Voisiku_vallavalitsus, lk 65
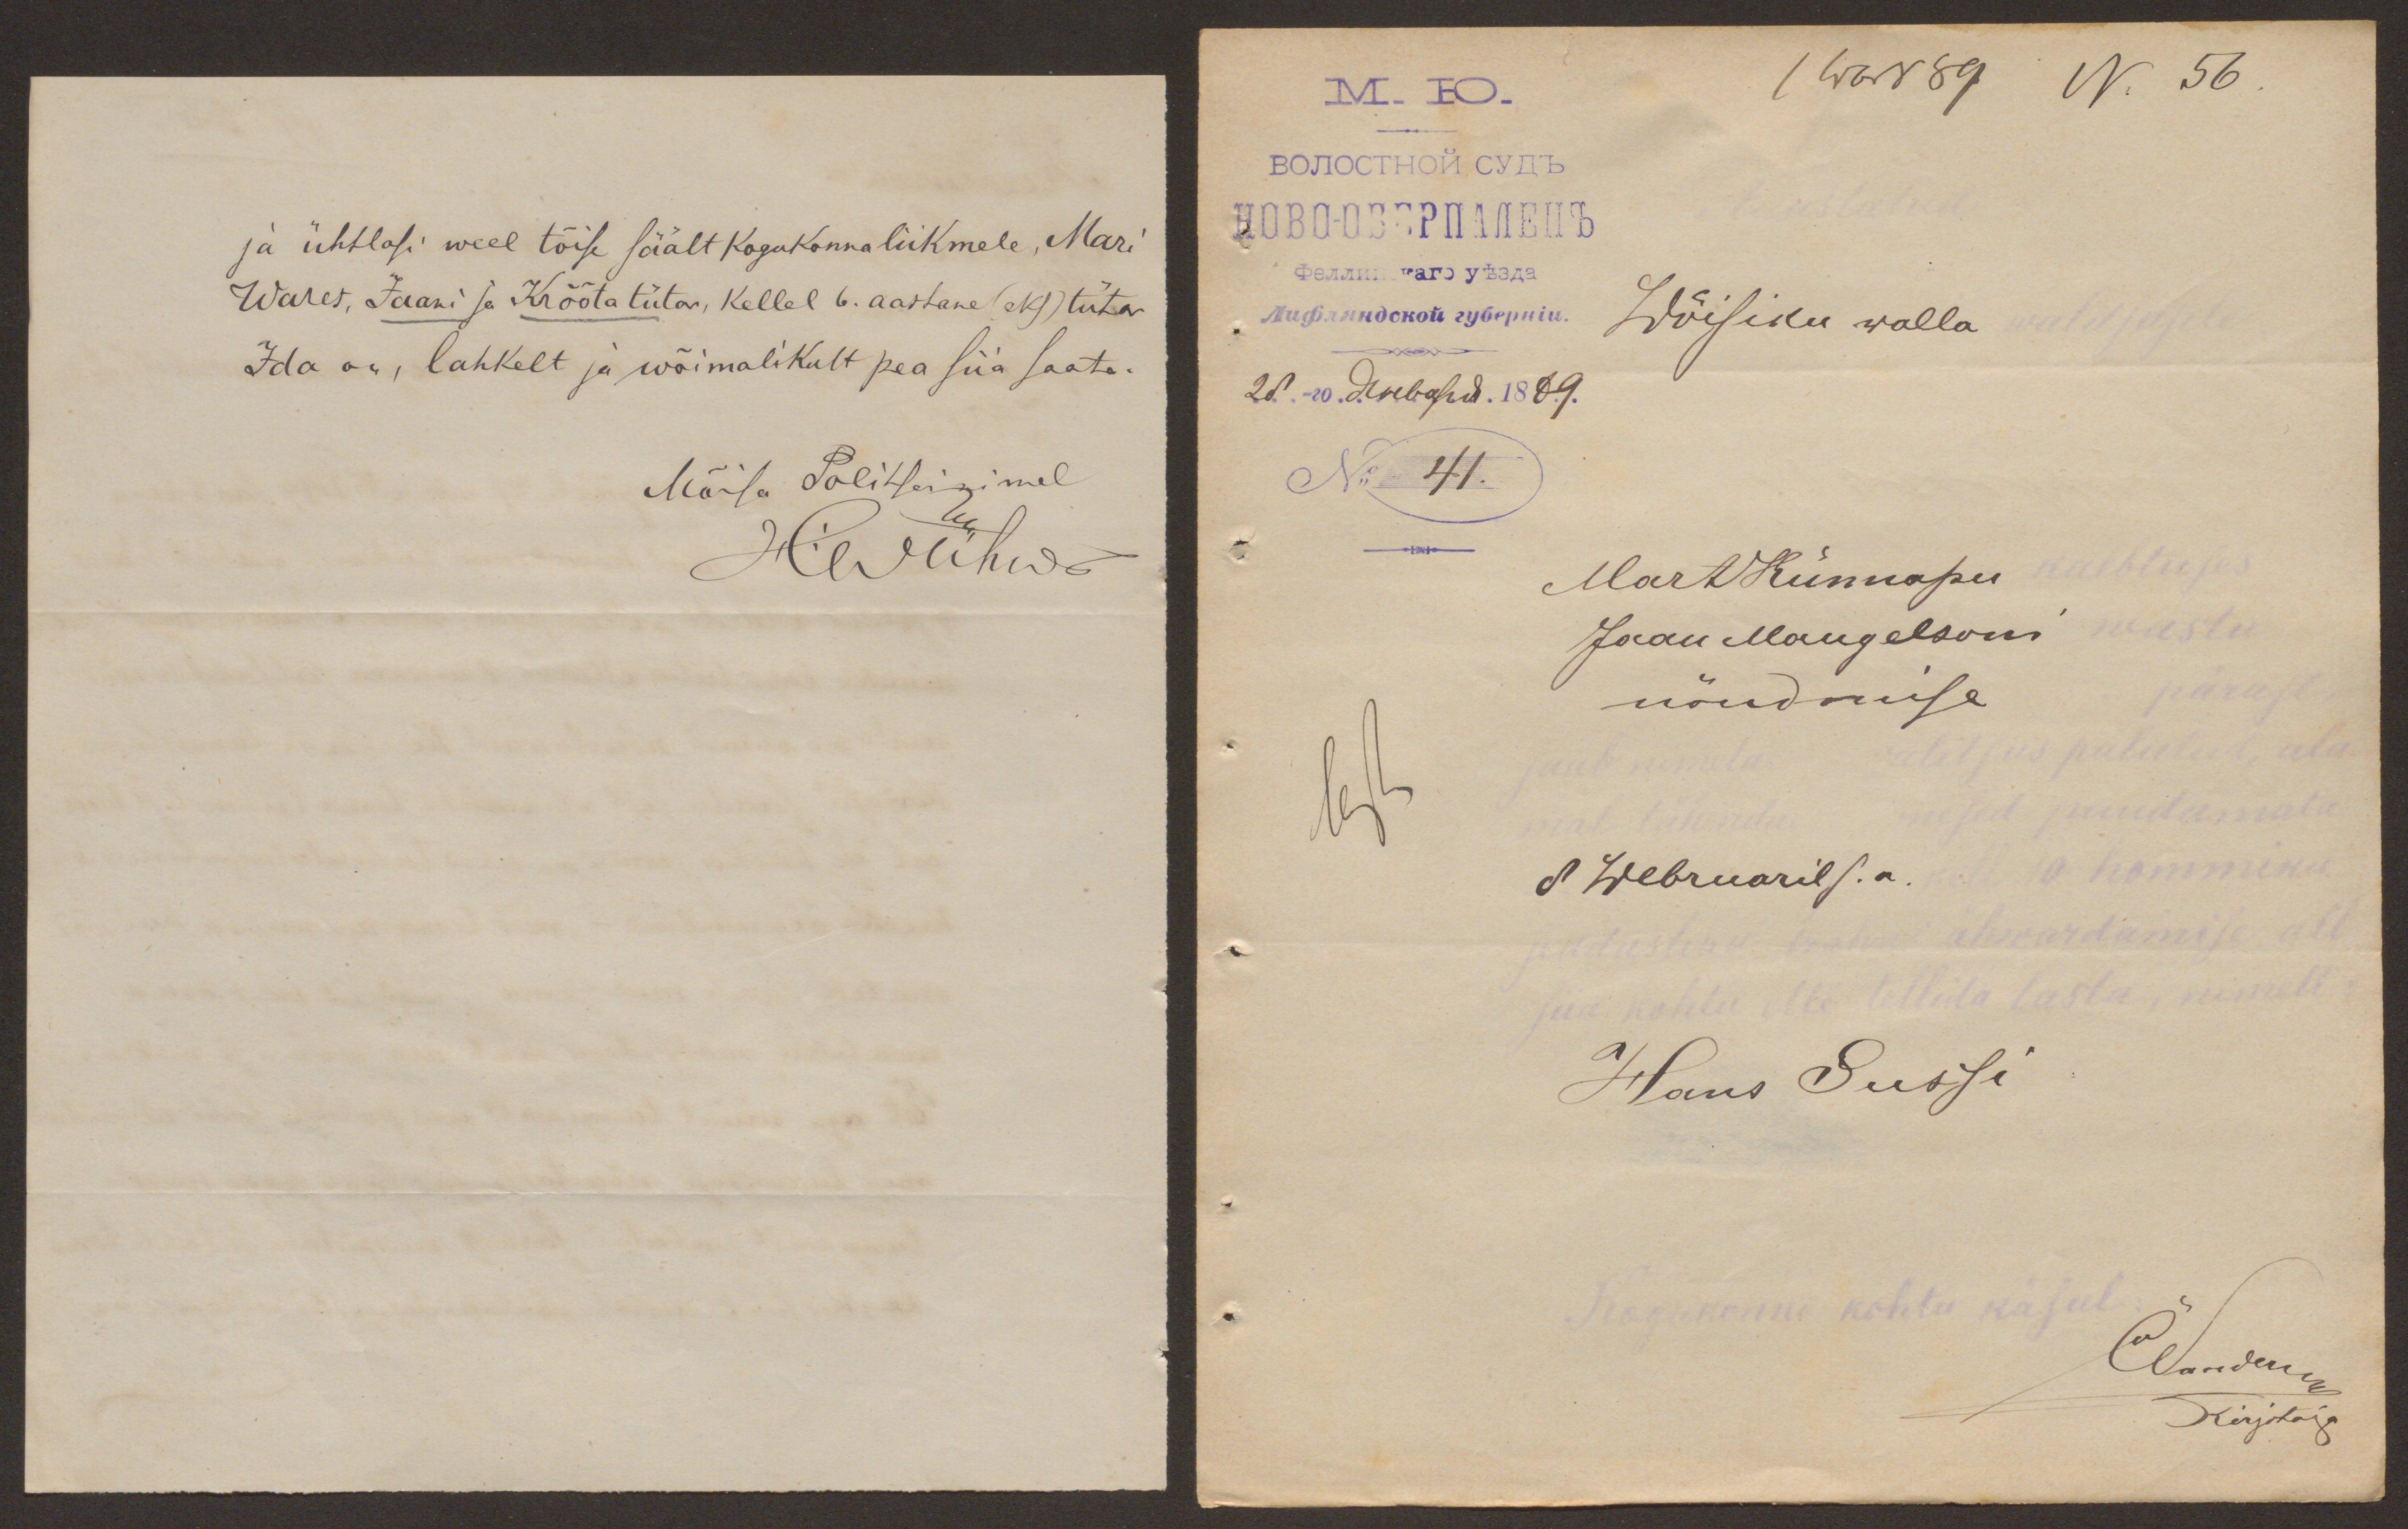
ja ühtlasi weel tõise säält kogukonna liikmele, Mari
Wares, Jaani ja Krõõta tütar, kellel 6. aastane (eks) tütar
Ida on, lahkelt ja wõimalikult pea siia saata.
Mõisa Politsei nimel
Hwühw

( 1 wbr No 56
Wõisiku walla
No 41.
Mart Künnapu
Jaan Mangelsoni
nõudmise
8 Webruaril s.a.
Hans Sussi
Elandem
Kirjotaja